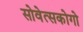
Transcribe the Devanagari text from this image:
सोवेत्सकोगो